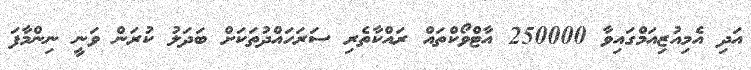
އަދި އެމިއުޒިއަމްގައިވާ 250000 އާޓްވޯކްތައް ރައްކާތެރި ސަރަހައްދުތަކަށް ބަަދަލު ކުރަން ވަނީ ނިންމާފަ